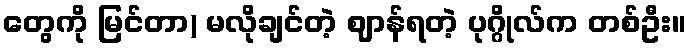
တွေကို မြင်တာ) မလိုချင်တဲ့ ဈာန်ရတဲ့ ပုဂ္ဂိုလ်က တစ်ဦး။